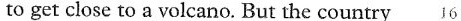
to get close to a volcano. But the country 16